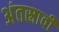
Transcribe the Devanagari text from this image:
अंतस्रावी